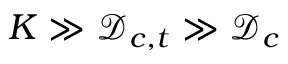
K \gg \mathcal { D } _ { c , t } \gg \mathcal { D } _ { c }